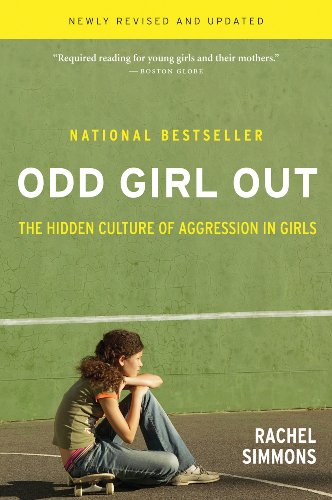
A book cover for Odd Girl Out, Revised and Updated: The Hidden Culture of Aggression in Girls; Rachel Simmons; Teen & Young Adult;